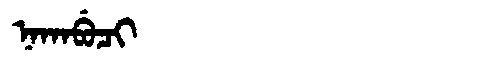
Manchu: ᠨᠠᡴᠠᠪᡠᠴᡳ
Romanization: NAKABUCI